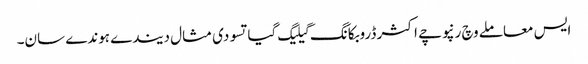
ایس معاملے وچ رنپوچے اکثر ڈروبکانگ گیلیگ گیاتسو دی مثال دیندے ہوندے سان۔